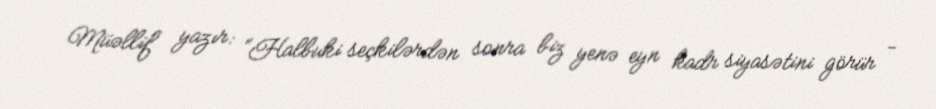
Müəllif yazır: “Halbuki seçkilərdən sonra biz yenə eyn kadr siyasətini görür -